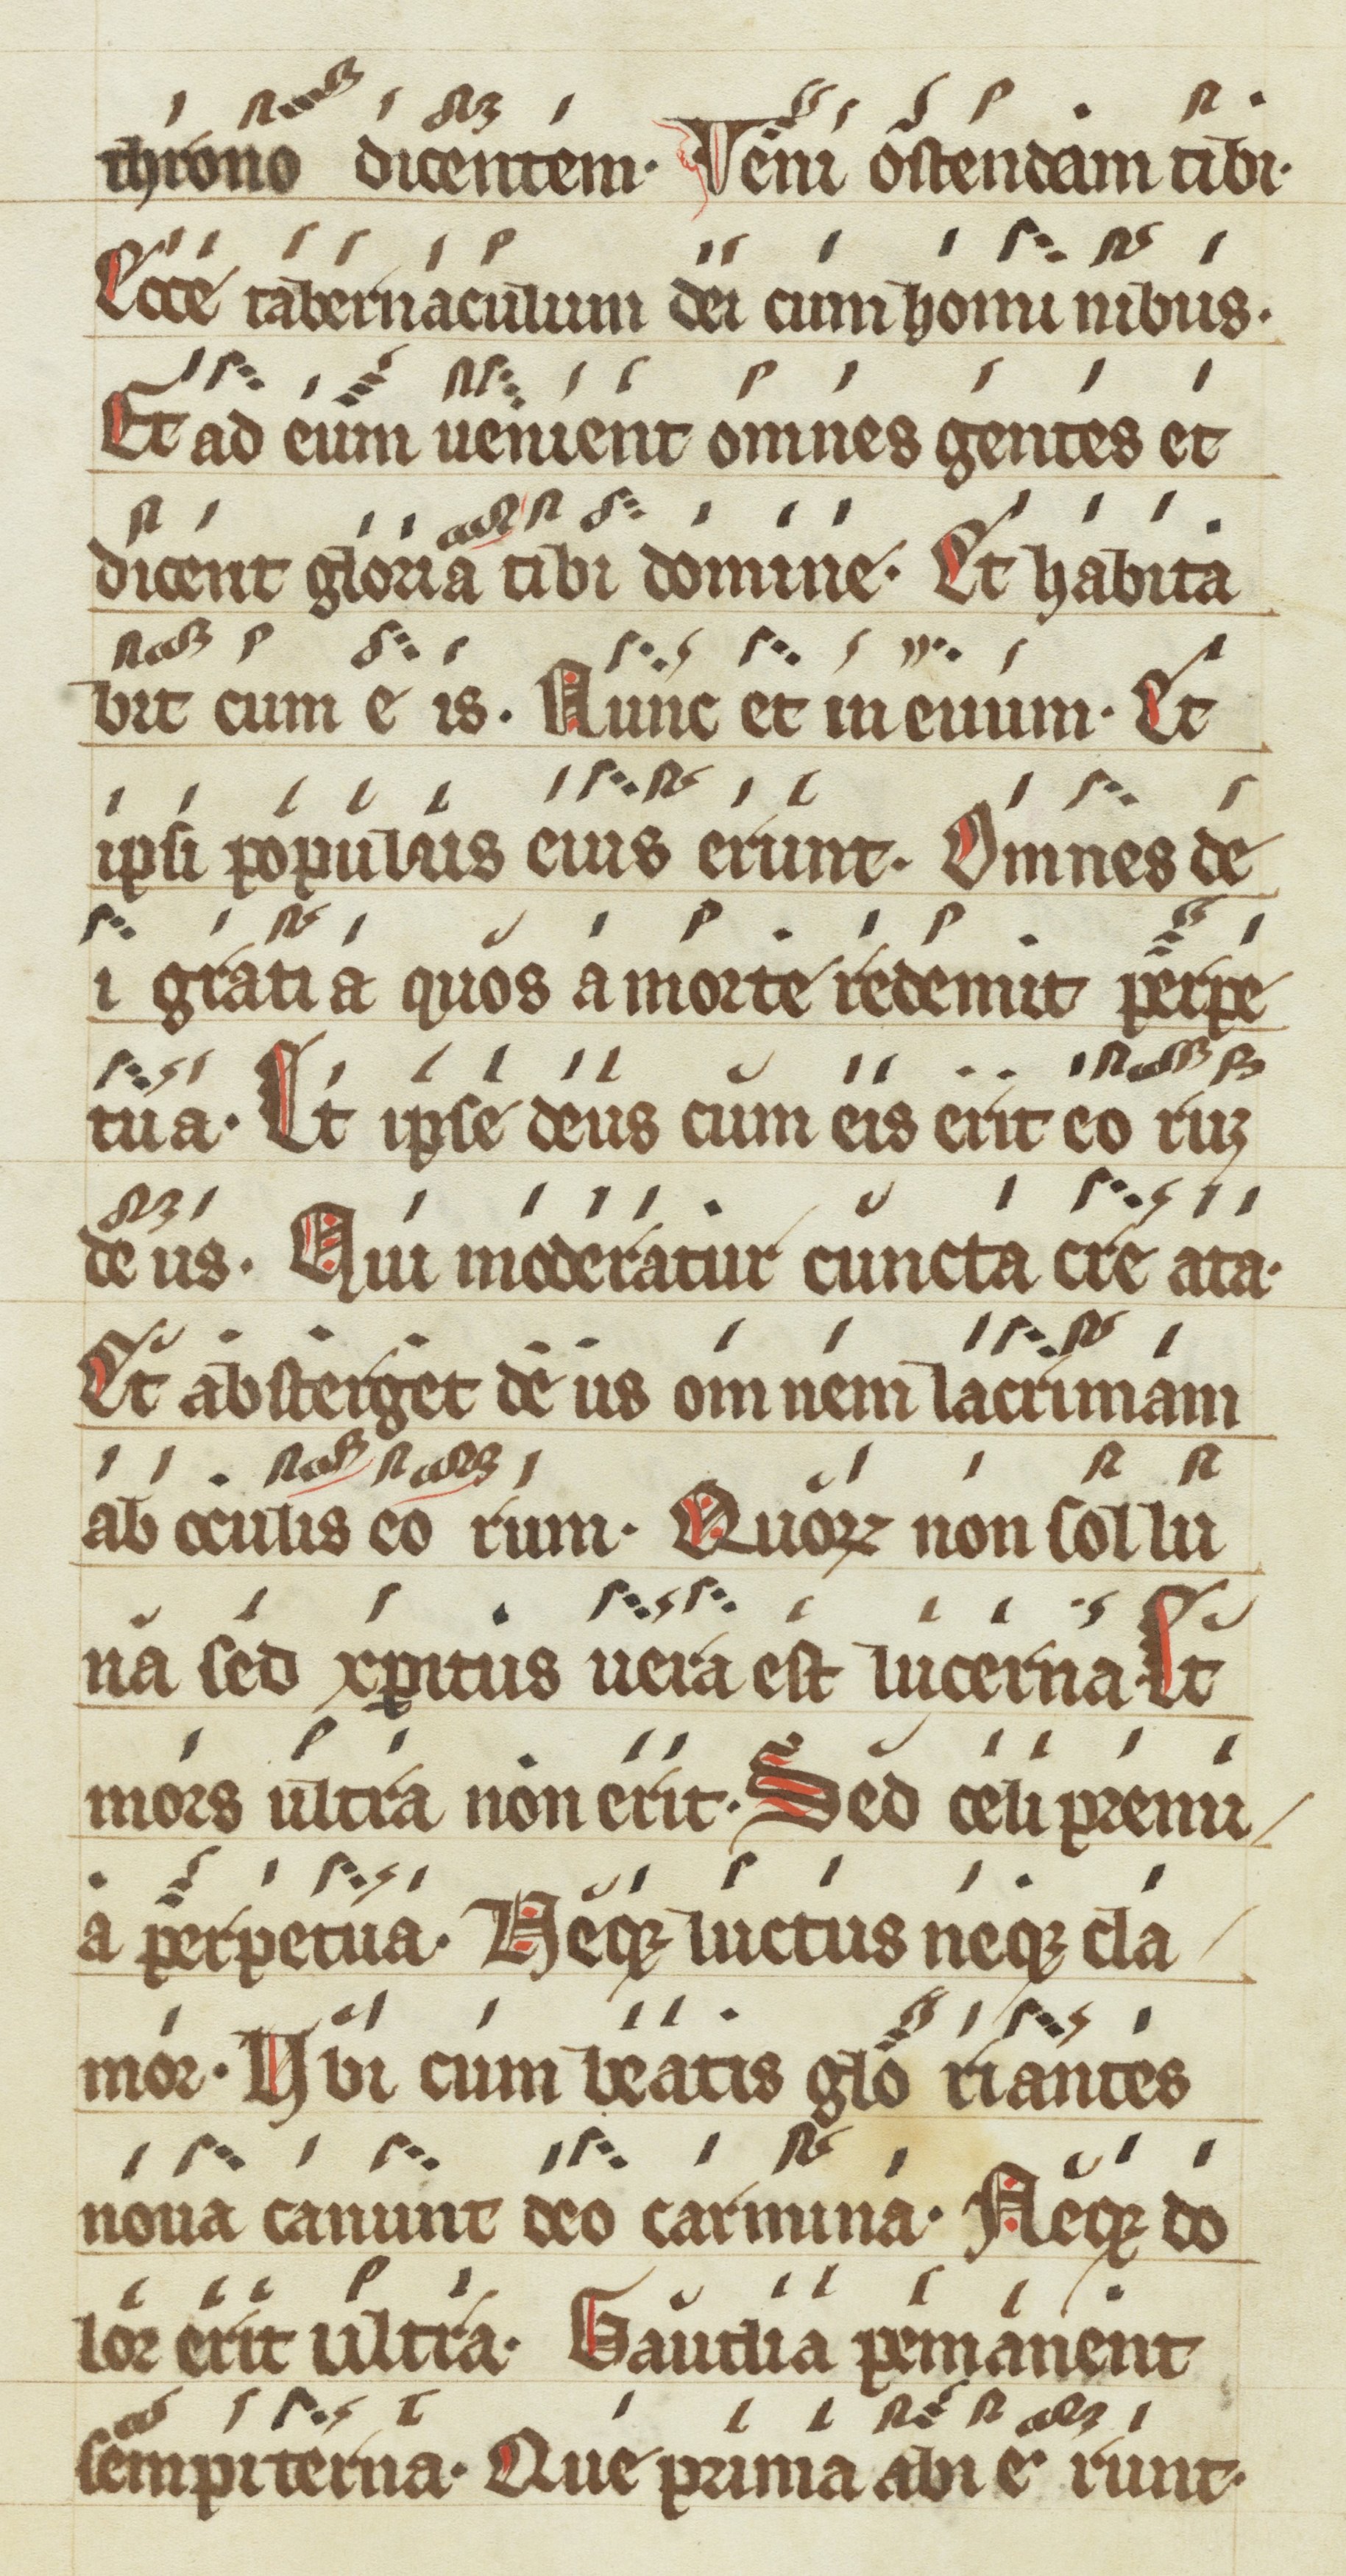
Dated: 1200–1299